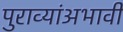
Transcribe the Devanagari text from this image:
पुराव्यांअभावी